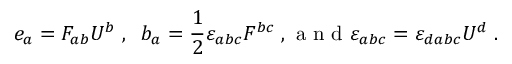
e _ { a } = F _ { a b } U ^ { b } \; , \; \; b _ { a } = \frac { 1 } { 2 } { \varepsilon } _ { a b c } F ^ { b c } \; , \mathrm { ~ a ~ n ~ d ~ } { \varepsilon } _ { a b c } = { \varepsilon } _ { d a b c } U ^ { d } \; .